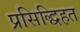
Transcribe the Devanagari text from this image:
प्रसिद्धिहत